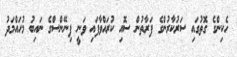
ހެކިންގެ ގޮތުގައި ސަރުކާރުންގެ ފަރާތުން ސޮއި ކުރައްވާފައި ވަނީ ފިނޭންސްގެ ނައިބު މުހައްމަދު